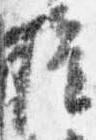
権